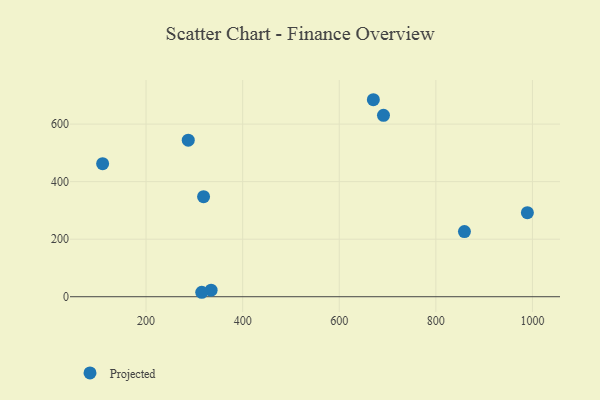
{"axis": {"x": "Ad Spend", "y": "Yield"}, "legend": ["Projected"], "data": [{"x": "670.6", "y": 684.7, "type": "Projected"}, {"x": "334.7", "y": 22.9, "type": "Projected"}, {"x": "859.2", "y": 226.3, "type": "Projected"}, {"x": "110.1", "y": 462.4, "type": "Projected"}, {"x": "315.3", "y": 15.5, "type": "Projected"}, {"x": "287.4", "y": 544.2, "type": "Projected"}, {"x": "319.1", "y": 347.6, "type": "Projected"}, {"x": "989.5", "y": 292.1, "type": "Projected"}, {"x": "691.6", "y": 630.5, "type": "Projected"}]}